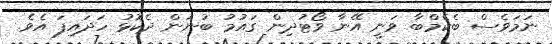
ނަމަވެސް ބެކެމްބާ ވަނީ އޭނާ ވޯޓުދިން ގައުމު ބުނަން ދެކޮޅު ހަދައިފަ އެވެ.